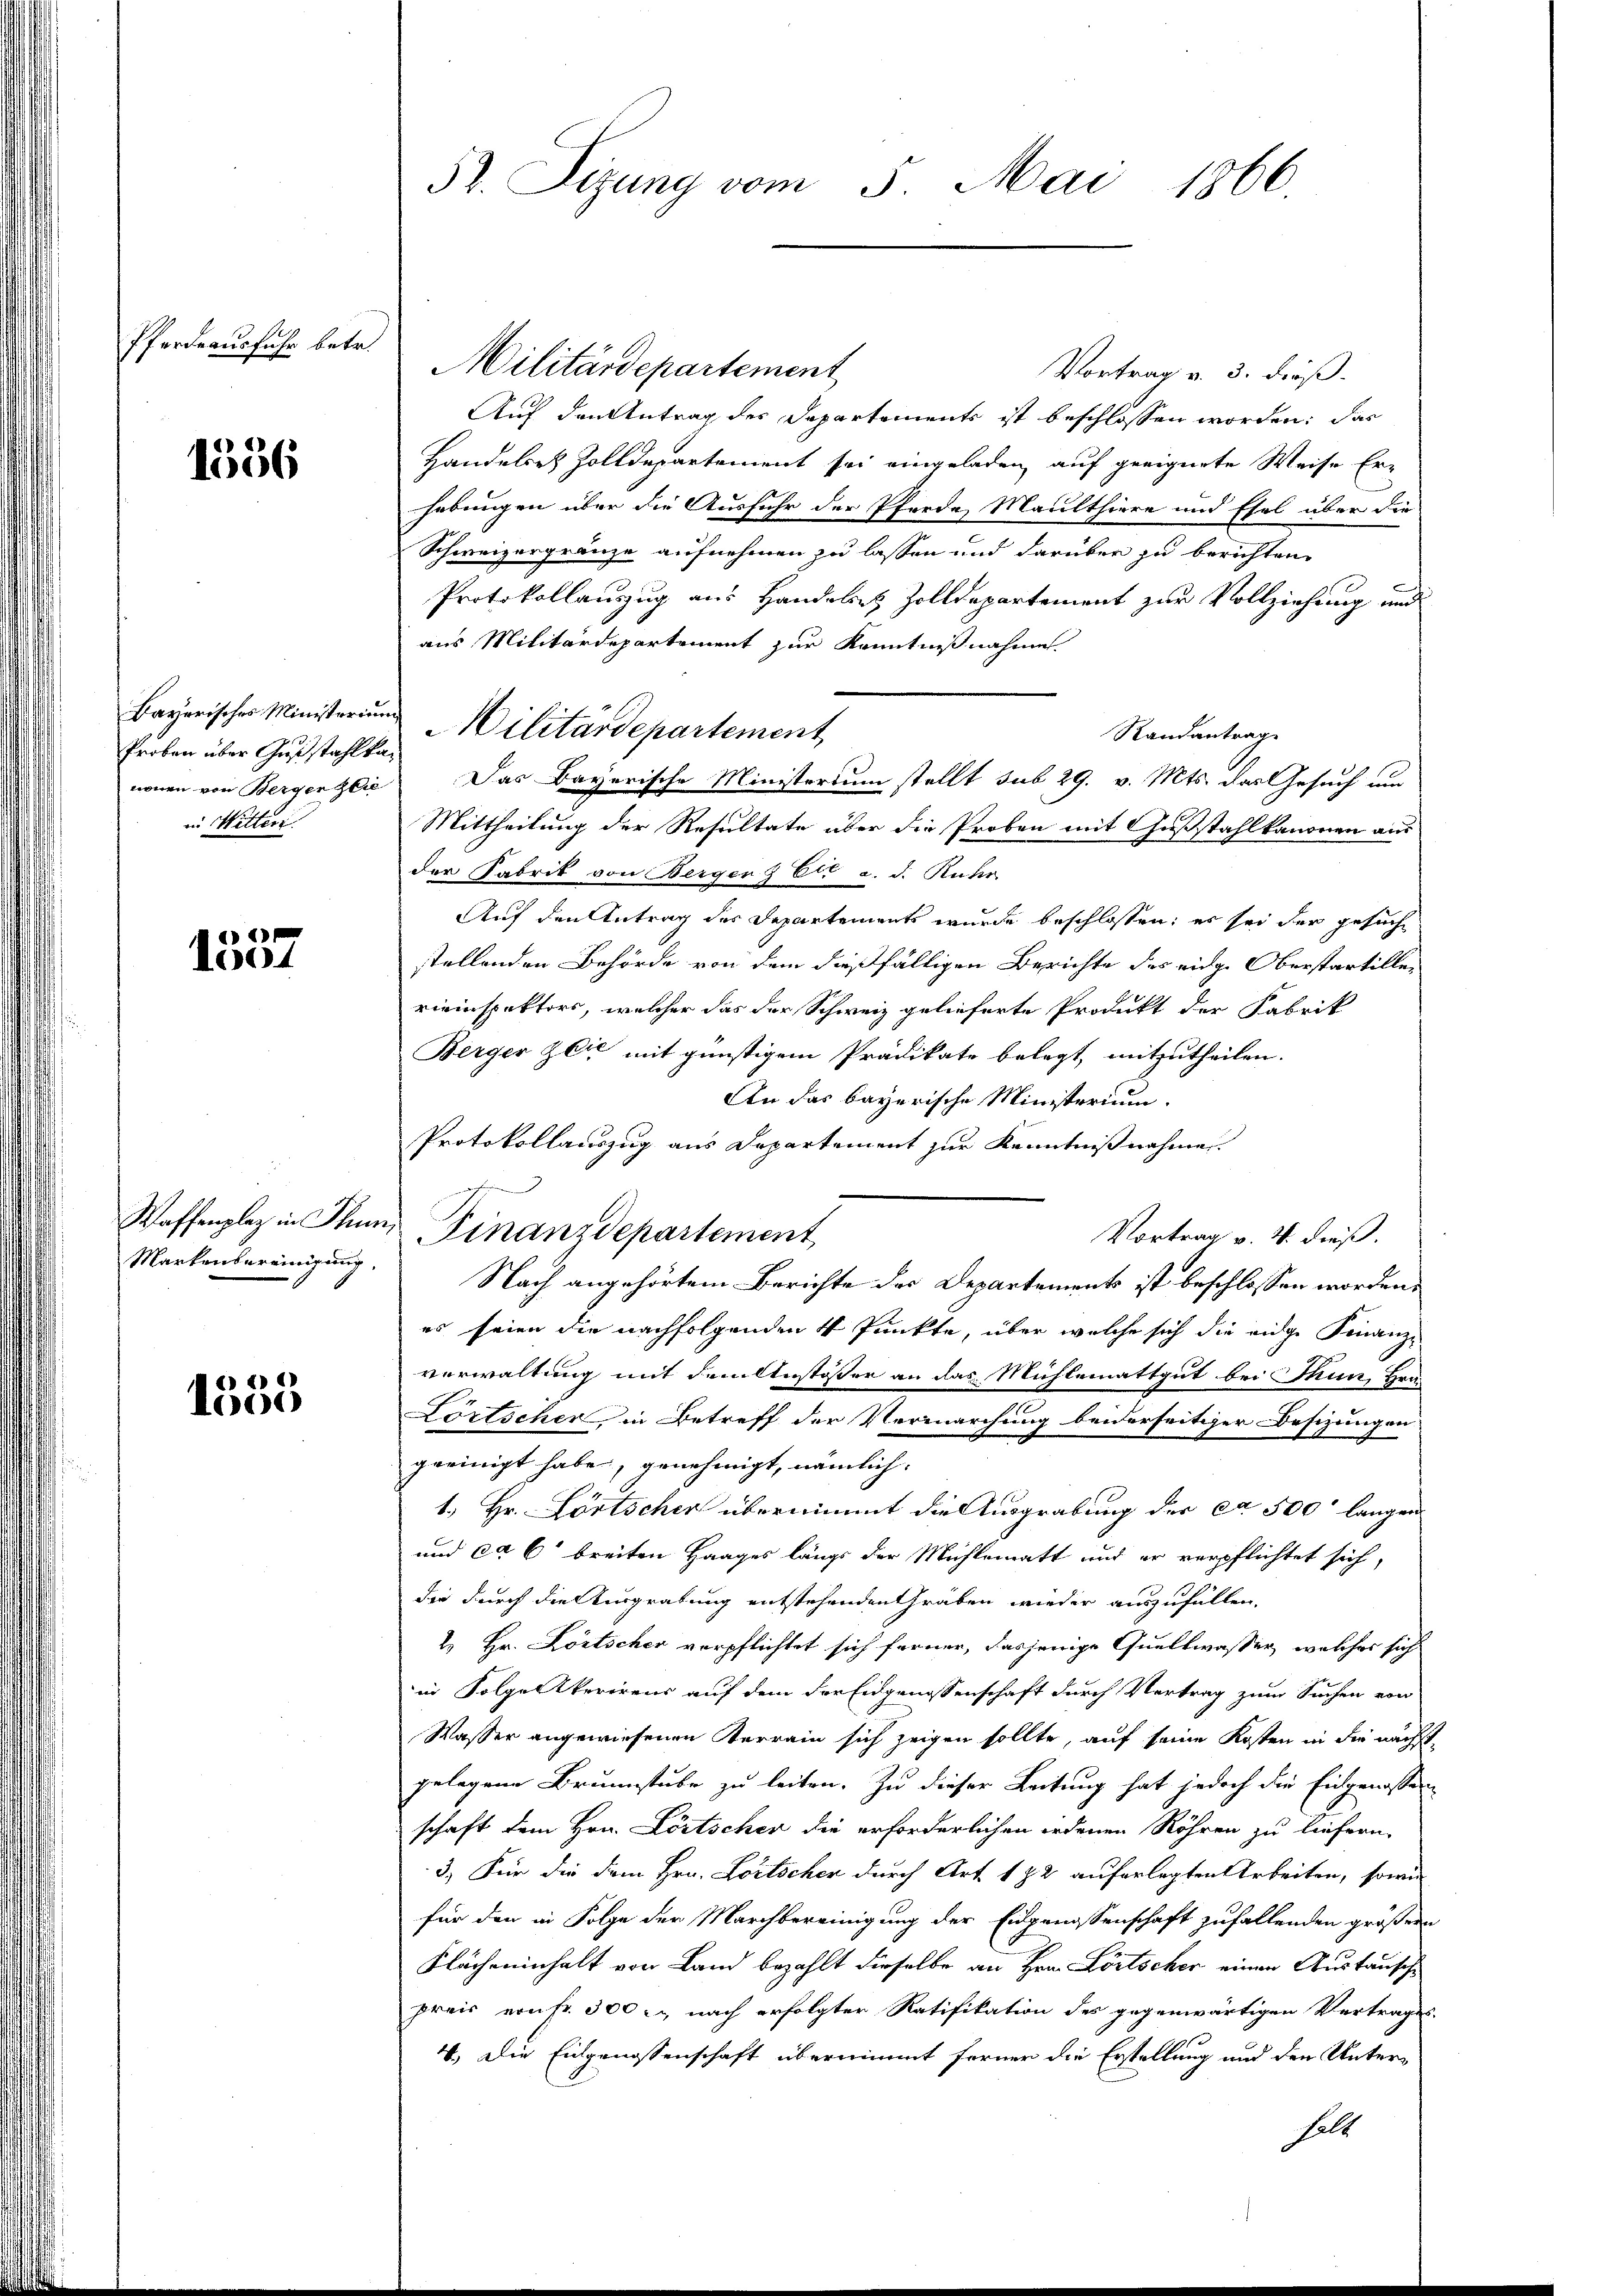
Pferdrausfuhr betr.

1356

Proben über Gußstahlkaneuen von Berger Zei
in Witter.

1557

Markenbereinigung,

1555

Militärdepartement
Vortrag v. 3. dieß.
Auf den Antrag der Departements ist beschlossen worden: das
Handelses Zolldepartement sei eingeladen auf geeignete Weise Er-
hebungen über die Ausfuhr der Pferde Maulthiere und Esel über die
Schweizergränze aufnehmen zu lassen und darüber zu berichten,
Protokollauszug aus Handels Zolldepartement zur Vollziehung und
aus Militärdepartement zur Kenntnißnahme
Bayerischer Ministerium Militärdepartement,
Randantrage
Das Bayerische Ministerium stellt sub 29. v. Mts. das Gesuch um
Mittheilung der Resultate über die Proben mit Gußstahl kanonen aus
der Fabrik von Bergenz Er a. d. Rühr
Auf den Antrag des Departements wurde beschlossen; es sei der gesuche
stellenden Behörde von dem dießfälligen Berichte des eidg. Oberstartillen
rieinspektors, welcher das der Schweiz gelieferte Produkt der Fabrik
Berger Zeit mit günstigem Prädikate belegt, mitzutheilen.
An das bayerische Ministerium.
Protokollauszug aus Departement zur Kenntnißnahmen.
e
Waffenplaz in Thun Finanzdepartement
Vortrag v. 4. dieß.
Nach angehörtem Berichte des Departements ist beschlossen worden,
es seien die nachfolgenden 4 Punkte, über welche sich die eidge Finanz-
verwaltung mit dem Anstösser an das Mühlemattgut bei Thun, Hra
Lörtscher, in Betreff der Vermarchung beiderseitiger Besizungen
geeinigt habe, genehmigt, nämlich
1. Hr. Fortscher übernimmt die Ausgrabung der ca 500' langen
und ca 6 breiten Haages längs der Mühlematt und er verpflichtet sich,
die durch die Ausgrabung entstehenden Gräben wieder auszufüllen.
2. Hr. Köstscher verpflichtet sich ferner, dasjenige Quellwasser, welches sich
in Folgen Werirens auf dem der Eidgenossenschaft durch Vertrag zum Suchen von
Wasser angewiesenen Kerrain sich zeigen sollte, auf seine Kosten in die nächst
gelegene Brunnstube zu leiten. Zu dieser Leitung hat jedoch die Eingenosse
schaft dem Hrn. Löstscher die erforderlichen ordenen Röhren zu liefern,
3.) Für die dem Hrn. Lortscher durch Art. 182 auferlegten Arbeiten, sowie
für den in Folge der Marchbereinigung der Eidgenossenschaft zufallenden größer
Flächeninhalt von Land bezahlt dieselbe an Hrn. Lörtscher einen Austausche
preis von fr. 300 r. nach erfolgter Ratifikation des gegenwärtigen Vertrages
4. Die Eingenossenschaft übernimmt ferner die Erstellung und den Unterholt

52. Sizung vom 5. Mai 1866